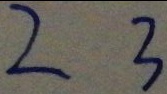
2 3